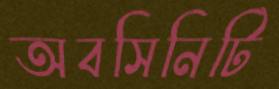
অবসিনিটি